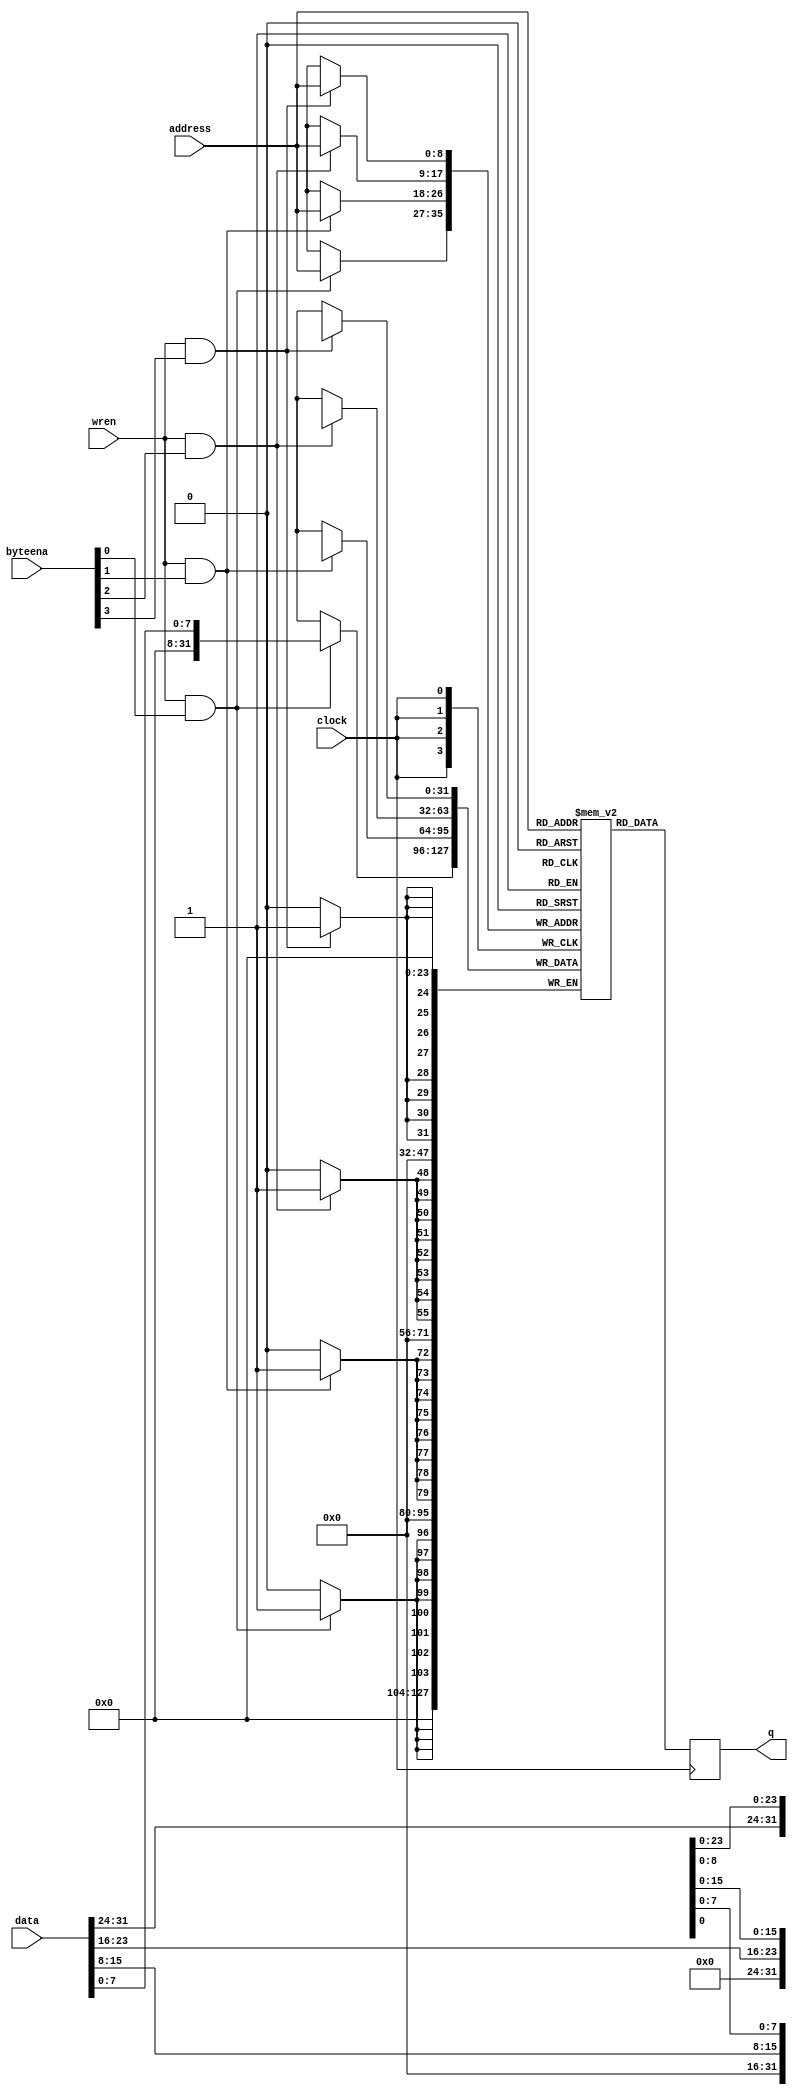
/*
 * simple RAM -- btko
 *
 * 17-May-2022 initial file
 */
//`default_nettype none

module btRAM #(
		parameter DATA_WIDTH = 32,
		parameter DATA_DEPTH = 512
	) (
		input wire [$clog2(DATA_DEPTH)-1:0] address,
		input wire [3:0] byteena,
		input wire clock,
		input wire [DATA_WIDTH-1:0] data,
		input wire wren,
		output reg [DATA_WIDTH-1:0] q
	);

	// -- memory -- 
	reg [DATA_WIDTH-1:0] MEM [DATA_DEPTH-1:0];

	// -- byte select writes --
	genvar bytelane;
	generate
		for (bytelane = 0; bytelane < (DATA_WIDTH / 8); bytelane = bytelane + 1) begin : whatever
			always @(posedge clock) begin
				if (wren && byteena[bytelane]) MEM[address][7+bytelane*8:bytelane*8] <= data[7+bytelane*8:bytelane*8];
			end
		end
	endgenerate
	
	// -- output q --
	always @(posedge clock) q <= MEM[address];
		
endmodule


// ================ junkyard =====================

	/* -- replaced by generate above
	always @(posedge clock) begin
		
		if (wren && byteena[0]) MEM[address][7:0]   <= data[7:0];
		if (wren && byteena[1]) MEM[address][15:8]  <= data[15:8];
		if (wren && byteena[2]) MEM[address][23:16] <= data[23:16];
		if (wren && byteena[3]) MEM[address][31:24] <= data[31:24];
		q <= MEM[address];
		
	end
	*/